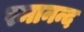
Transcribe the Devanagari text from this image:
रमानन्द